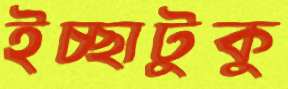
ইচ্ছাটুকু